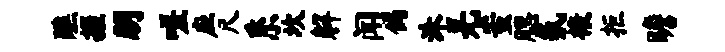
醮握朋嗟应尺系坎解闻倘洙羌蚩腮氛榱拒瞻